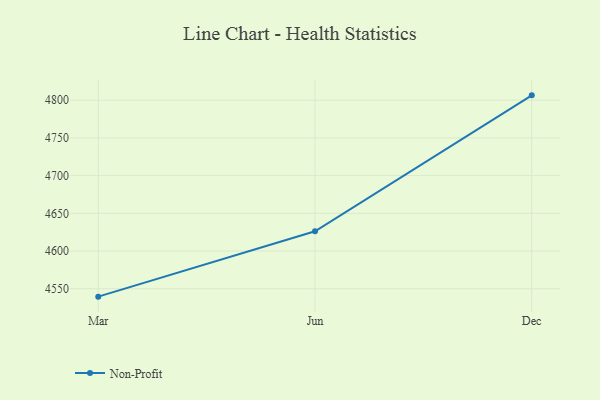
{"axis": {"x": "Month", "y": "Customer Acquisition Cost (USD)"}, "legend": ["Non-Profit"], "data": [{"x": "Mar", "y": 4539.5, "type": "Non-Profit"}, {"x": "Jun", "y": 4626.2, "type": "Non-Profit"}, {"x": "Dec", "y": 4806.4, "type": "Non-Profit"}]}